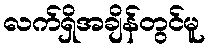
လက်ရှိအချိန်တွင်မူ